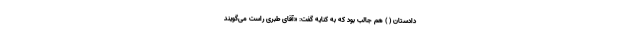
دادستان ( ) هم جالب بود که به کنایه گفت: «‌آقای طبری راست می‌گویند